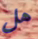
هل